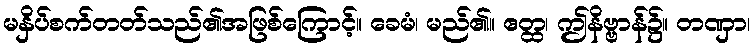
မနှိပ်စက်တတ်သည်၏အဖြစ်ကြောင့်။ ခေမံ၊ မည်၏။ ဧတ္ထ၊ ဤနိဗ္ဗာန်၌။ တဏှာ၊